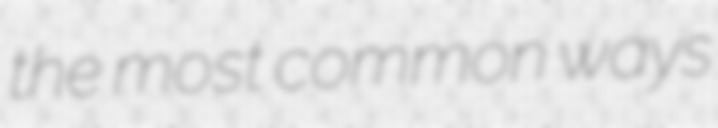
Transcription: the most common ways